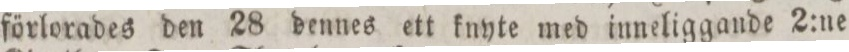
förlorades den 28 dennes ett knyte med inneliggande 2:ne